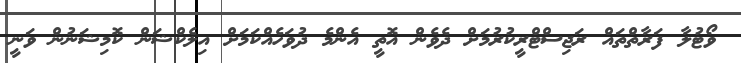
ވޯޓުލާ ފަރާތްތައް ރަޖިސްޓްރީކުރުމަށް ދެވެން އޮތީ އެންމެ ދުވަހެއްކަމަށް އިލެކްޝަން ކޮމިޝަނުން ވަނީ